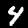
Digit: 4